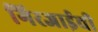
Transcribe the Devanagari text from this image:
गिरजाईची